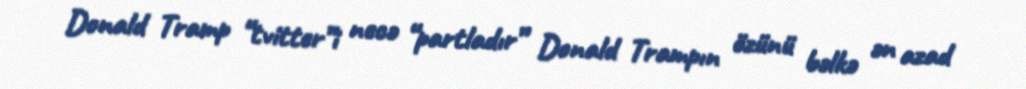
Donald Tramp “tvitter”i necə “partladır” Donald Trampın özünü bəlkə ən azad